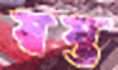
স্বস্ত